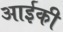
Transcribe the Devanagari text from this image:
आईकी